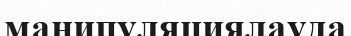
манипуляциялауда